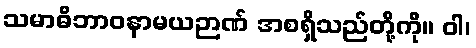
သမာဓိဘာဝနာမယဉာဏ် အစရှိသည်တို့ကို။ ဝါ၊